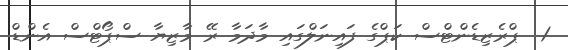
1  ޕްރެޒިޑެންޓްސް ކަޕްގެ ފައިނަލްގައި މާދަމާ ރޭ މާޒިޔާ ސްޕޯޓްސް އެންޑް